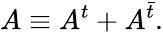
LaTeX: A\equiv A^{t}+A^{\bar{t}}.